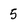
Character: 5